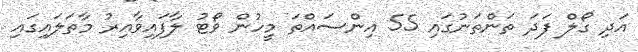
އަދި ގޯލް ފަދަ ތަންތަނުގައި 55 އިންސައްތަ މީހުން ވޯޓު ލާފައިވާއިރު މާތަލައިގައި